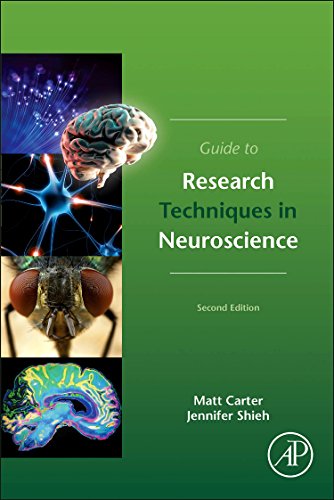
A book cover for Guide to Research Techniques in Neuroscience, Second Edition; Matt Carter; Politics & Social Sciences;